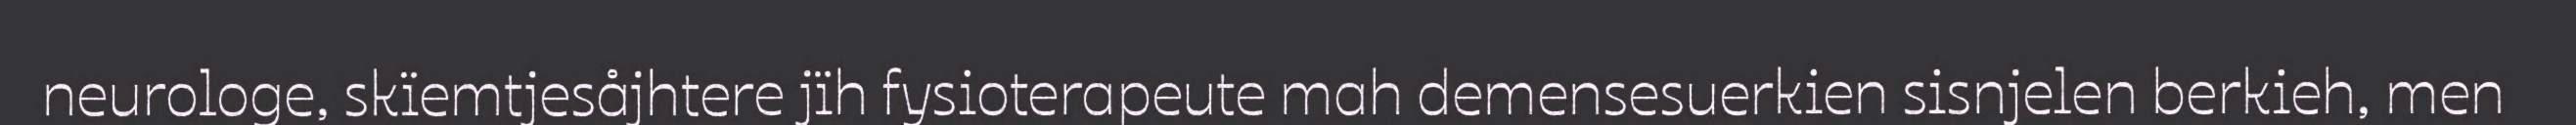
neurologe, skïemtjesåjhtere jïh fysioterapeute mah demensesuerkien sisnjelen berkieh, men